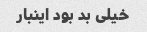
خیلی بد بود اینبار